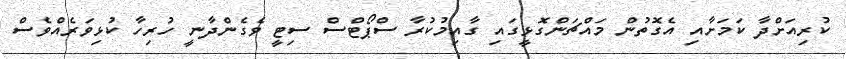
ކުރިއަށްދާ ކަމަށާއި އެގޮތުން މައްޗަންގޮޅީގައި ގާއިމުކުރާ ސްޕޯޓްސް ސިޓީ ވެގެންދާނީ ހުރިހާ ކުޅިވަރެއްވެސް